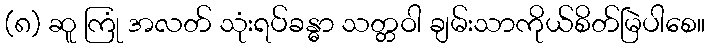
(၈) ဆူ ကြုံ အလတ် သုံးရပ်ခန္ဓာ သတ္တဝါ ချမ်းသာကိုယ်စိတ်မြဲပါစေ။